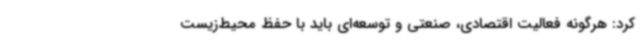
کرد: هرگونه فعالیت اقتصادی، صنعتی و توسعه‌ای باید با حفظ محیط‌زیست